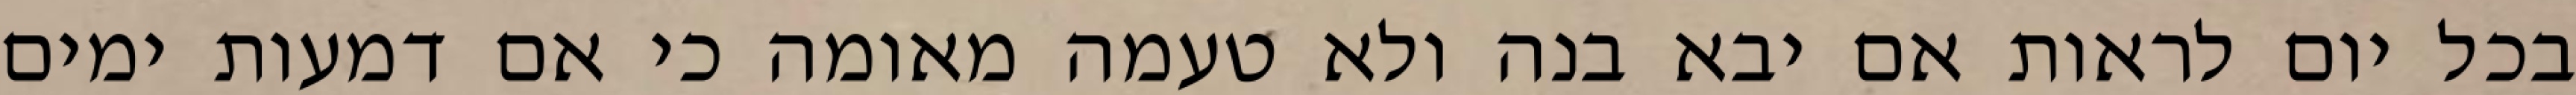
בכל יום לראות אם יבא בנה ולא טעמה מאומה כי אם דמעות ימים